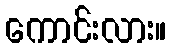
ကောင်းလား။